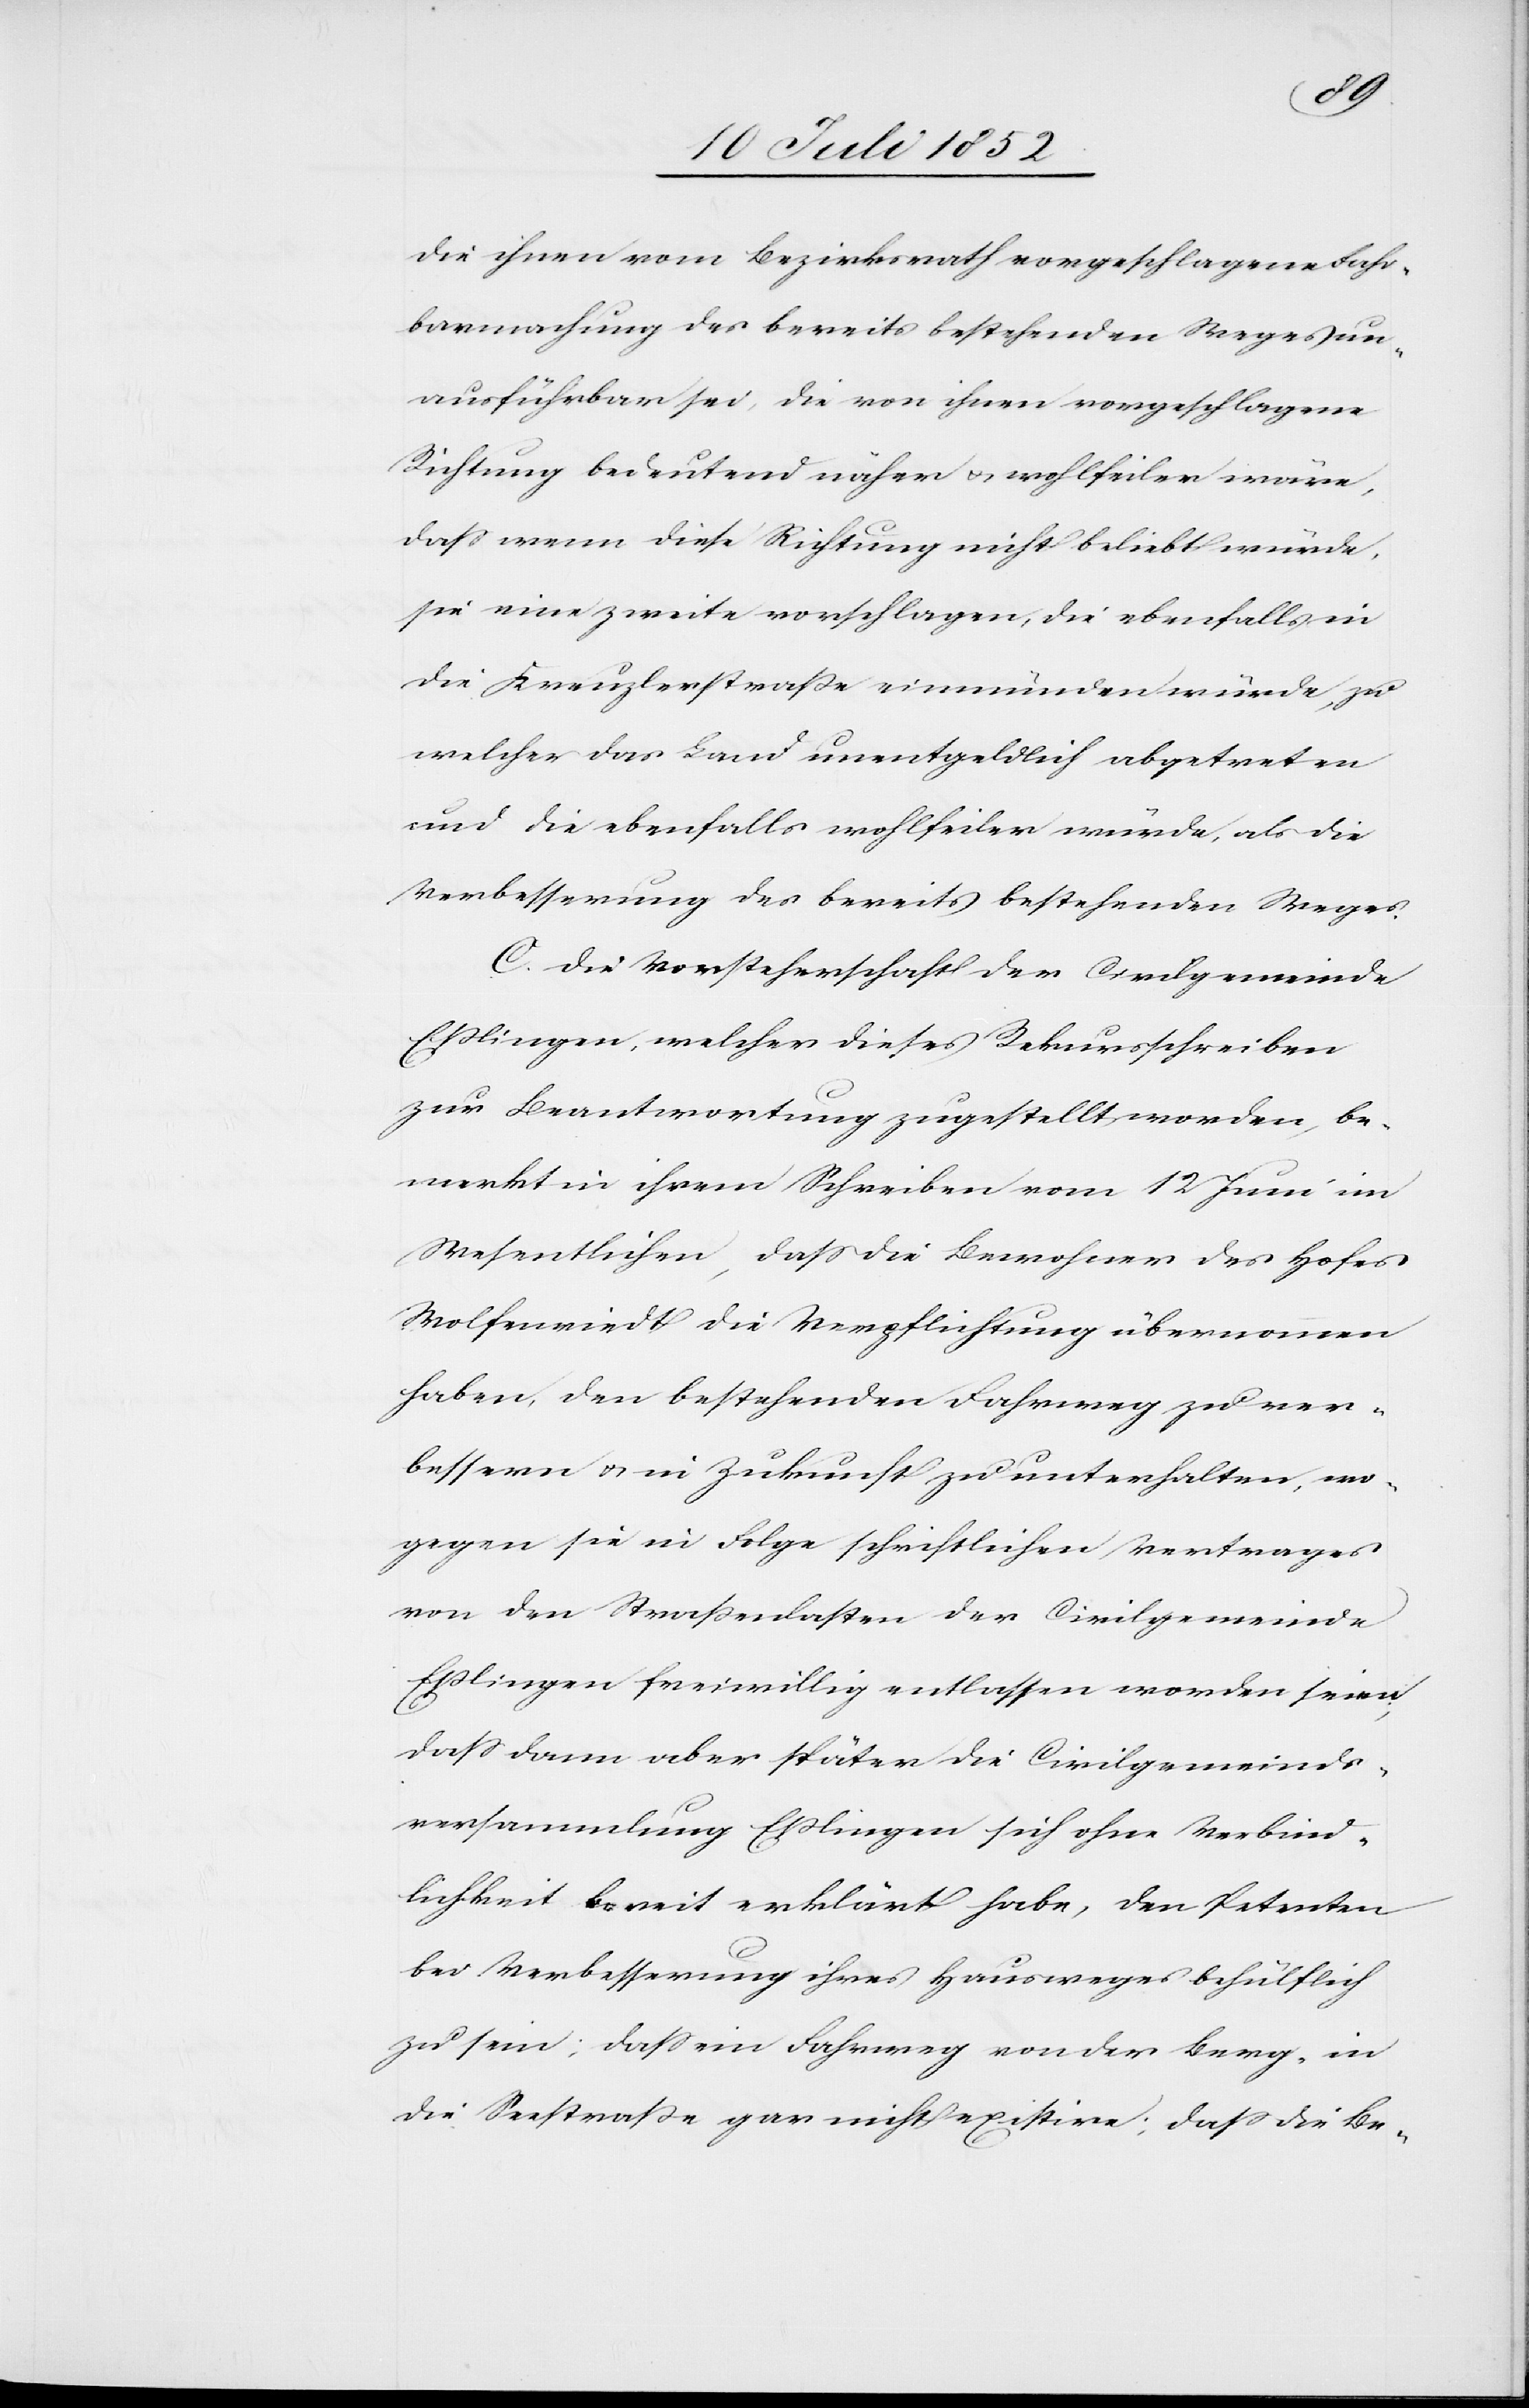
die ihnen vom Bezirksrath vorgeschlagene Fahr¬
barmachung des bereits bestehenden Weges un¬
ausführbar sei, die von ihnen vorgeschlagene
Richtung bedeutend näher & wohlfeiler wäre,
dass wenn diese Richtung nicht beliebt würde,
sie eine zweite vorschlagen, die ebenfalls in
die Kreuzlerstraße einmünden würde, zu
welcher das Land unentgeldlich abgetreten
und die ebenfalls wohlfeiler würde, als die
Verbesserung des bereits bestehenden Weges.
C. Die Vorsteherschaft der Civilgemeinde
Eßlingen, welcher dieses Rekursschreiben
zur Beantwortung zugestellt worden, be¬
merkt in ihrem Schreiben vom 12 Juni im
Wesentlichen, dass die Bewohner des Hofes
Wolfenriedt die Verpflichtung übernommen
haben, den bestehenden Fahrweg zu ver¬
bessern & in Zukunft zu unterhalten, wo¬
gegen sie in Folge schriftlichen Vertrages
von den Straßenlasten der Civilgemeinde
Eßlingen freiwillig entlassen worden seien;
dass dann aber später die Civilgemeinds¬
versammlung Eßlingen sich ohne Verbind¬
lichkeit bereit erklärt habe, den Petenten
bei Verbesserung ihres Hausweges behülflich
zu sein; dass ein Fahrweg von der Berg- in
die Seestraße gar nicht existire; dass die Be-